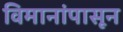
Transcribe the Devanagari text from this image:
विमानांपासून